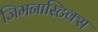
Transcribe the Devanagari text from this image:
जिमनास्टिक्‍स